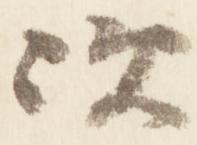
次